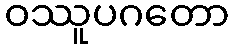
ဝဿူပဂတော